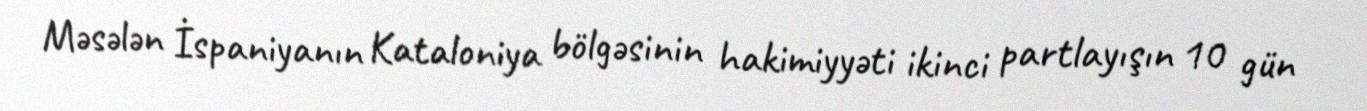
Məsələn İspaniyanın Kataloniya bölgəsinin hakimiyyəti ikinci partlayışın 10 gün